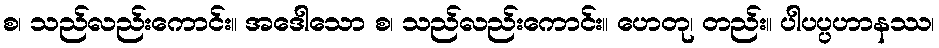
စ၊ သည်လည်းကောင်း။ အဒေါသော စ၊ သည်လည်းကောင်း။ ဟေတု၊ တည်း။ ပါပပ္ပဟာနဿ၊